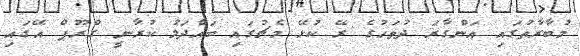
މުބާރާތުގައި އަންގާރަ ދުވަހުގެ ރޭ ކުޅޭ މެޗުގައި ބައްދަލު ކުރާނީ ގްރޫޕް އޭގައި